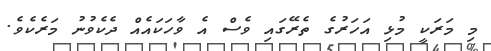
މި މަރަކީ މުޅި އަހަރުގެ ތެރޭގައި ވެސް އެ ވާހަކައެއް ދެކެވުނު މަރެކެވެ.